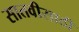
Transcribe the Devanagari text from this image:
सातवीसाठी